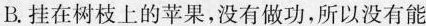
B.挂在树枝上的苹果，没有做功，所以没有能